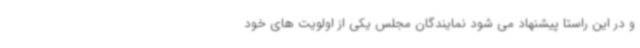
و در این راستا پیشنهاد می شود نمایندگان مجلس یکی از اولویت های خود